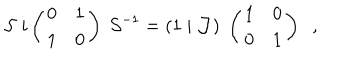
{ \cal S } \; i \left( \begin{array} { c c } { { 0 } } & { { 1 } } \\ { { 1 } } & { { 0 } } \\ \end{array} \right) \; { \cal S } ^ { - 1 } = ( 1 \; \vert \; { \cal J } ) \; \left( \begin{array} { c c } { { 1 } } & { { 0 } } \\ { { 0 } } & { { 1 } } \\ \end{array} \right) \; \; ,